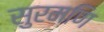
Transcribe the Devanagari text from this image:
सुरमणि